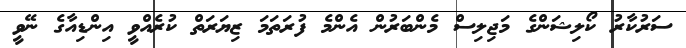
ސަރުކާރު ކޯލިޝަންގެ މަޖިލިސް މެންބަރުން އެންމެ ފުރަތަމަ ޒިޔަރަތް ކުރެއްވީ އިންޑިއާގެ ނޭވީ